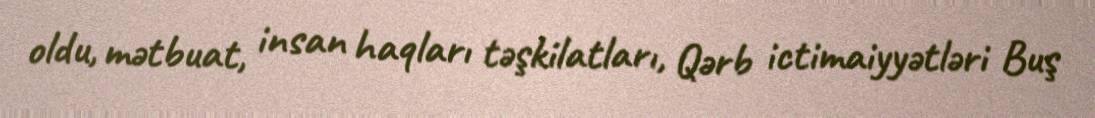
oldu, mətbuat, insan haqları təşkilatları, Qərb ictimaiyyətləri Buş